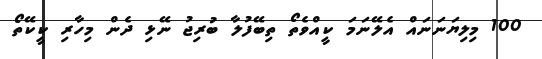
100 މިލިޔަނަނައް އެލޭނަމަ ކީއްވެތޯ ތިބޭފުލާ ބުރިޖު ނޭޅި ދެން މިހާރި ކީކޭތޯ